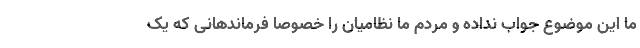
ما این موضوع جواب نداده و مردم ما نظامیان را خصوصا فرماندهانی که یک